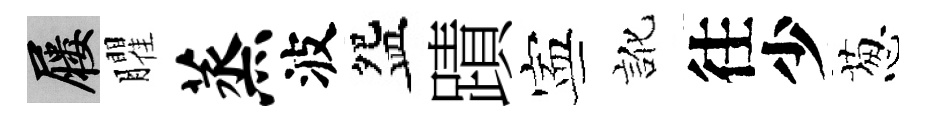
屨臞蒸波盌蹟寕訛往少葱